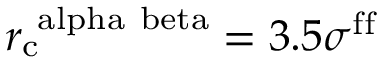
r _ { \mathrm { c } } ^ { \mathrm { \ a l p h a \ b e t a } } = 3 . 5 \sigma ^ { \mathrm { f f } }